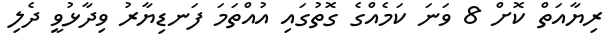
ރިޔާއަތް ކޮށް 8 ވަނަ ކަމެއްގެ ގޮތުގައި އުއްތަމަ ފަނޑިޔާރު ވިދާޅުވީ ދެލި